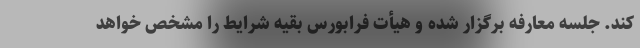
کند. جلسه معارفه برگزار شده و هیأت فرابورس بقیه شرایط را مشخص خواهد